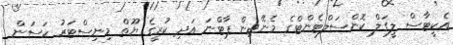
އެކީޓާސް ލީގަލް ކޮންސަލްޓެންޓްގެ މެނޭޖިން ޕާޓްނަ އަދި ކުރީގެ ޔޫތް މިނިސްޓަރު ހަސަން